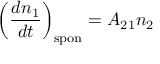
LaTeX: \left( { \frac { d n _ { 1 } } { d t } } \right) _ { \mathrm { s p o n } } = A _ { 2 1 } n _ { 2 }